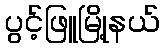
ပွင့်ဖြူမြို့နယ်